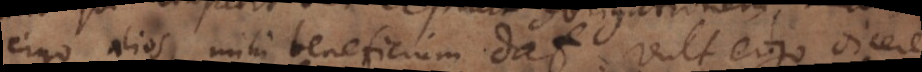
erga alios, mihi beneficium dat. Vult ergo dicere,